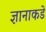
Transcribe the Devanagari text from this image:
ज्ञानाकडे